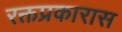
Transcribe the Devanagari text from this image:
रक्तप्रकारास